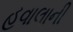
હવાલાની